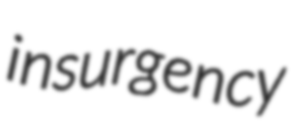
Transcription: insurgency